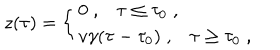
z ( \tau ) = \left\{ \begin{array} { l } { { 0 \; , \tau \leq \tau _ { 0 } \; , } } \\ { { v \gamma ( \tau - \tau _ { 0 } ) \; , \tau \geq \tau _ { 0 } \; , } } \\ \end{array} \right.